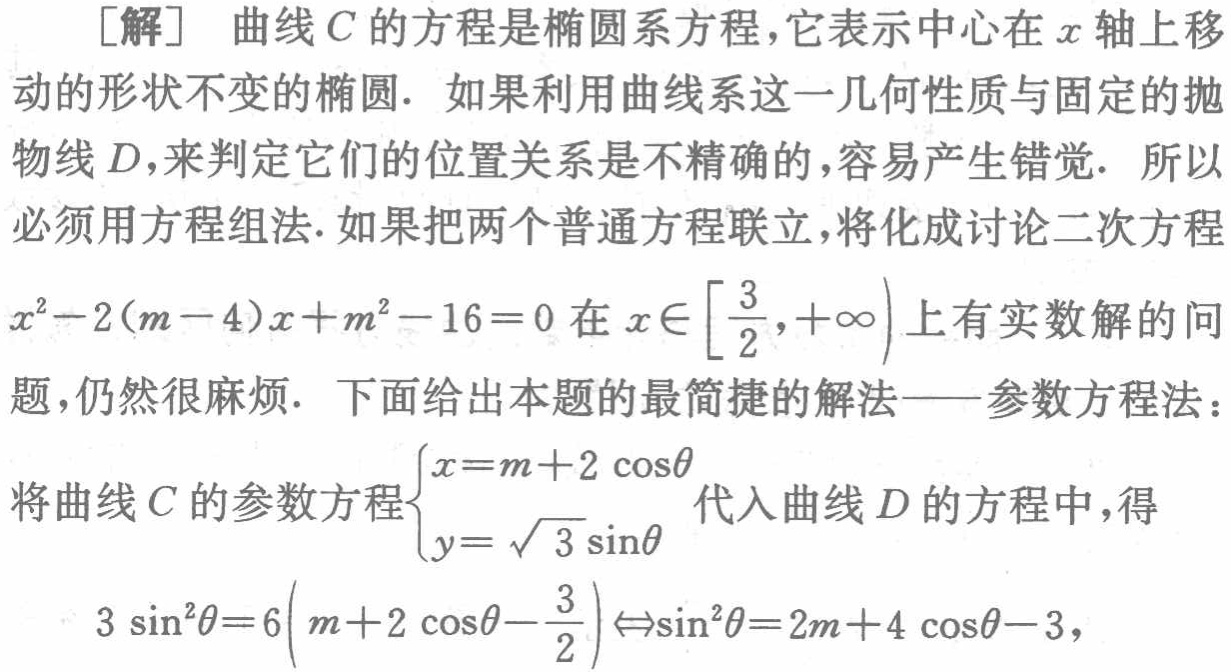
[解] 曲线 \(C\) 的方程是椭圆系方程，它表示中心在 \(x\) 轴上移动的形状不变的椭圆. 如果利用曲线系这一几何性质与固定的抛物线 \(D\)，来判定它们的位置关系是不精确的，容易产生错觉. 所以必须用方程组法. 如果把两个普通方程联立，将化成讨论二次方程 \(x^{2}-2(m - 4)x + m^{2}-16 = 0\) 在 \(x\in[\frac{3}{2},+\infty)\) 上有实数解的问题，仍然很麻烦. 下面给出本题的最简捷的解法——参数方程法：
将曲线 \(C\) 的参数方程\(\begin{cases}x = m + 2\cos\theta\\y=\sqrt{3}\sin\theta\end{cases}\) 代入曲线 \(D\) 的方程中，得
\(3\sin^{2}\theta = 6\left(m + 2\cos\theta-\frac{3}{2}\right)\Leftrightarrow\sin^{2}\theta = 2m + 4\cos\theta-3\)，